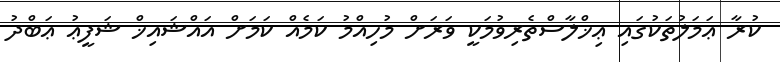
ކުރާ ޢަމަލުތަކުގައި ޢިޚްލާސްތެރިވުމަކީ ވަރަށް މުހިއްމު ކަމެއް ކަމަށް އައްޝައިޚް ޝަފީޢު ޢަބްދު